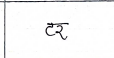
मजकूर: टर